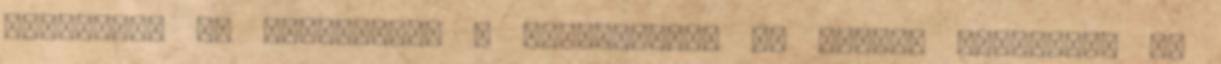
beszéltek az erőszakról a tanároknak, az iskola lépéseket is